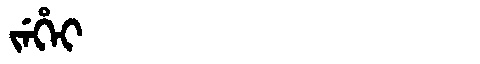
Manchu: ᠵᡝᡥᡝᡳ
Romanization: JEHEI